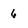
Character: 6